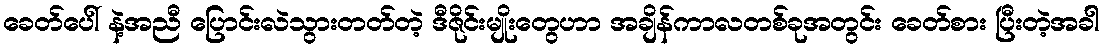
ခေတ်ပေါ် နဲ့အညီ ပြောင်းလဲသွားတတ်တဲ့ ဒီဇိုင်းမျိုးတွေဟာ အချိန်ကာလတစ်ခုအတွင်း ခေတ်စား ပြီးတဲ့အခါ